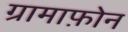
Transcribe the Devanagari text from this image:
ग्रामाफ़ोन